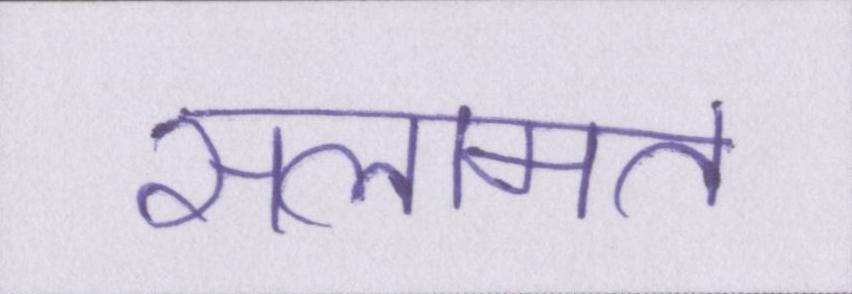
सलामत